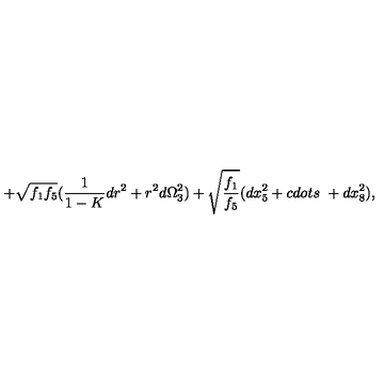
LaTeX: + \sqrt { f _ { 1 } f _ { 5 } } ( \frac { 1 } { 1 - K } d r ^ { 2 } + r ^ { 2 } d \Omega _ { 3 } ^ { 2 } ) + \sqrt { \frac { f _ { 1 } } { f _ { 5 } } } ( d x _ { 5 } ^ { 2 } + c d o t s \ + d x _ { 8 } ^ { 2 } ) ,